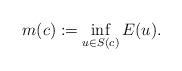
\begin{align*} m(c):=\inf_{u \in S(c)} E(u).\end{align*}